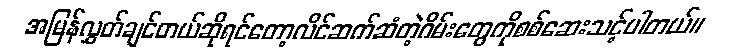
အမြန်လွှတ်ချင်တယ်ဆိုရင်တော့လိင်ဆက်ဆံတဲ့ဂိမ်းတွေကိုစစ်ဆေးသင့်ပါတယ်။